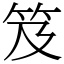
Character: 笈